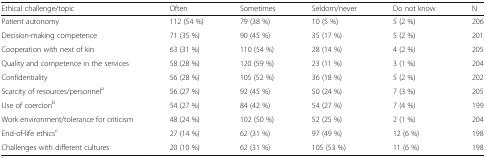
<table><thead><tr><td><b>Ethical challenge/topic</b></td><td><b>Often</b></td><td><b>Sometimes</b></td><td><b>Seldom/never</b></td><td><b>Do not know</b></td><td><b>N</b></td></tr></thead><tbody><tr><td>Patient autonomy</td><td>112 (54 %)</td><td>79 (38 %)</td><td>10 (5 %)</td><td>5 (2 %)</td><td>206</td></tr><tr><td>Decision-making competence</td><td>71 (35 %)</td><td>90 (45 %)</td><td>35 (17 %)</td><td>5 (2 %)</td><td>201</td></tr><tr><td>Cooperation with next of kin</td><td>63 (31 %)</td><td>110 (54 %)</td><td>28 (14 %)</td><td>4 (2 %)</td><td>205</td></tr><tr><td>Quality and competence in the services</td><td>58 (28 %)</td><td>120 (59 %)</td><td>23 (11 %)</td><td>3 (1 %)</td><td>204</td></tr><tr><td>Confidentiality</td><td>56 (28 %)</td><td>105 (52 %)</td><td>36 (18 %)</td><td>5 (2 %)</td><td>202</td></tr><tr><td>Scarcity of resources/personnel<sup>a</sup></td><td>56 (27 %)</td><td>92 (45 %)</td><td>50 (24 %)</td><td>7 (3 %)</td><td>205</td></tr><tr><td>Use of coercion<sup>b</sup></td><td>54 (27 %)</td><td>84 (42 %)</td><td>54 (27 %)</td><td>7 (4 %)</td><td>199</td></tr><tr><td>Work environment/tolerance for criticism</td><td>48 (24 %)</td><td>102 (50 %)</td><td>52 (25 %)</td><td>2 (1 %)</td><td>204</td></tr><tr><td>End-of-life ethics<sup>c</sup></td><td>27 (14 %)</td><td>62 (31 %)</td><td>97 (49 %)</td><td>12 (6 %)</td><td>198</td></tr><tr><td>Challenges with different cultures</td><td>20 (10 %)</td><td>62 (31 %)</td><td>105 (53 %)</td><td>11 (6 %)</td><td>198</td></tr></tbody></table>